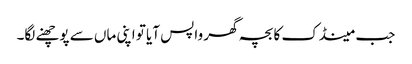
جب مینڈک کا بچہ گھر واپس آیا تو اپنی ماں سے پوچھنے لگا۔